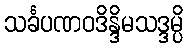
သင်္ခပဏဝဒိန္ဒိမသဒ္ဒမ္ပိ